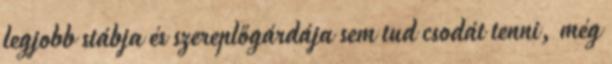
legjobb stábja és szereplőgárdája sem tud csodát tenni, még